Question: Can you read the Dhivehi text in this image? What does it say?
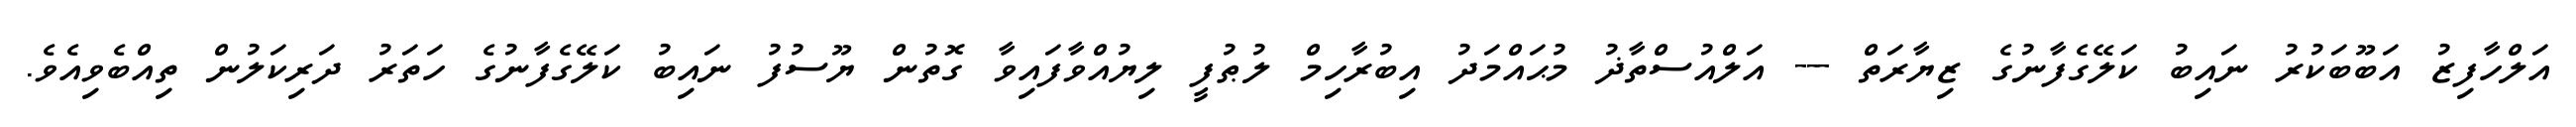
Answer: އަލްހާފިޒު އަބޫބަކުރު ނައިބު ކަލޭގެފާނުގެ ޒިޔާރަތް --- އަލްއުސްތާޛު މުޙައްމަދު އިބުރާހިމް ލުޠުފީ ލިޔުއްވާފައިވާ ގޮތުން ޔޫސުފު ނައިބު ކަލޭގެފާނުގެ ހަތަރު ދަރިކަލުން ތިއްބެވިއެވެ.